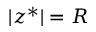
| z ^ { * } | = R